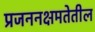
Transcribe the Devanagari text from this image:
प्रजननक्षमतेतील